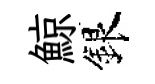
鯨銀